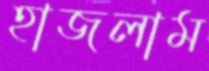
হাজলাম